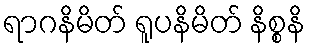
ရာဂနိမိတ် ရူပနိမိတ် နိစ္စနိ